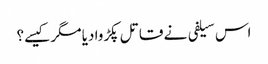
اس سیلفی نے قاتل پکڑوا دیا مگر کیسے؟